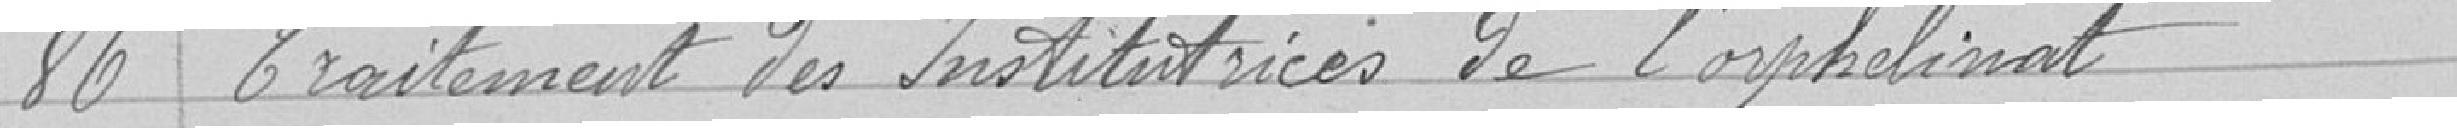
86 Traitement des institutrices de l'orphelinat